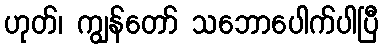
ဟုတ်၊ ကျွန်တော် သဘောပေါက်ပါပြီ